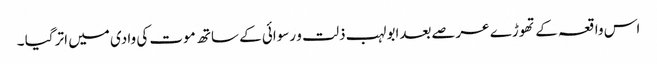
اس واقعہ کے تھوڑے عرصےبعدابولہب ذلت و رسوائی کے ساتھ موت کی وادی میں اتر گیا ۔